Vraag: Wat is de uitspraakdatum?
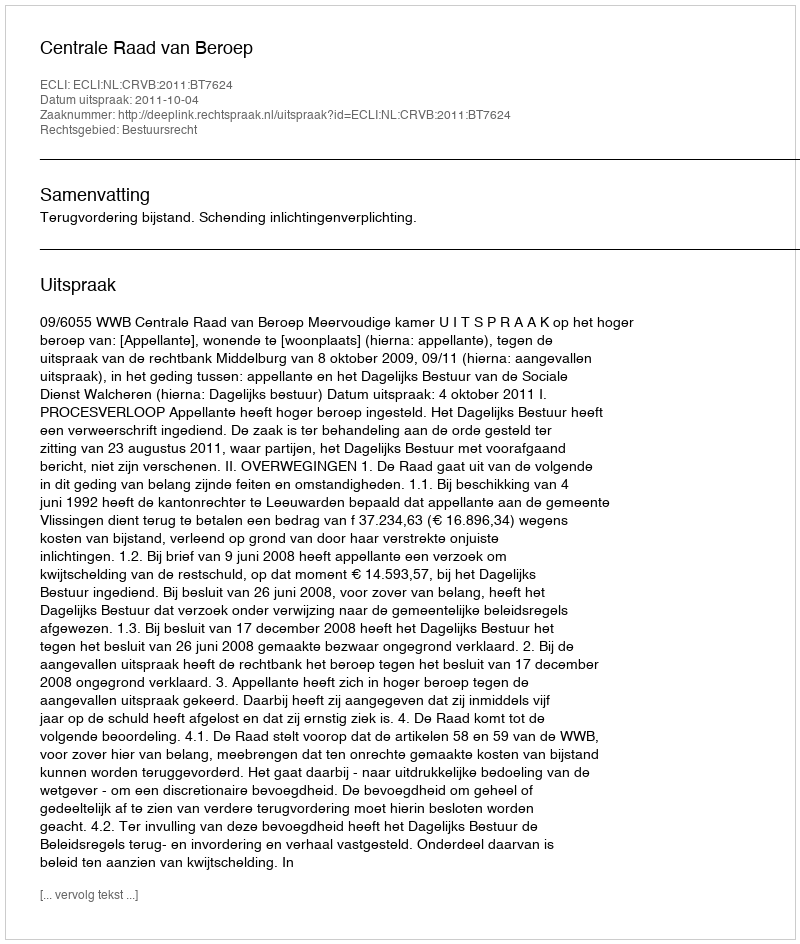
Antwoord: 2011-10-04